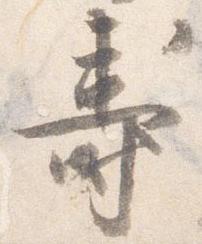
寿